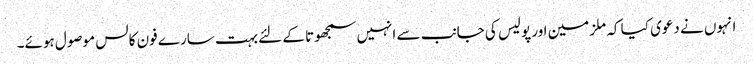
انہوں نے دعوی کیا کہ ملزمین اور پولیس کی جانب سے انہیں سمجھوتا کے لئے بہت سارے فون کالس موصول ہوئے۔